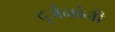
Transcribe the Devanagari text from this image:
दुर्जनांनी